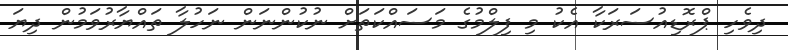
ދިވެހި ޕްރޮޑިއުސަރަކާ އެކު މި ފިލްމުގެ މަސައްކަތަށް ނުކުންނަން ނަހުލާ ތައްޔާރުވަމުން ދިޔަ